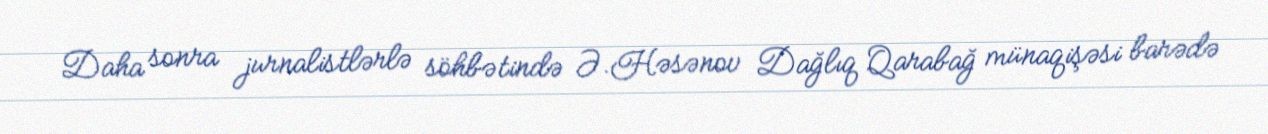
Daha sonra jurnalistlərlə söhbətində Ə.Həsənov Dağlıq Qarabağ münaqişəsi barədə